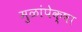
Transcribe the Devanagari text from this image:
मुळांपेक्षा